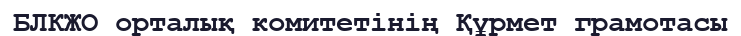
БЛКЖО орталық комитетінің Құрмет грамотасы